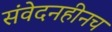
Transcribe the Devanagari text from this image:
संवेदनहीनच